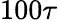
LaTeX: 100\tau